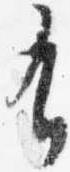
有